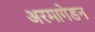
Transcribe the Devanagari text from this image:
अरमागेडन